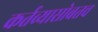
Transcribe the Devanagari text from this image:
कर्तव्यासोबतच